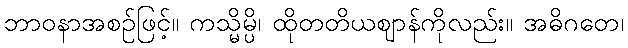
ဘာဝနာအစဉ်ဖြင့်။ ကသ္မိမ္ပိ၊ ထိုတတိယဈာန်ကိုလည်း။ အဓိဂတေ၊